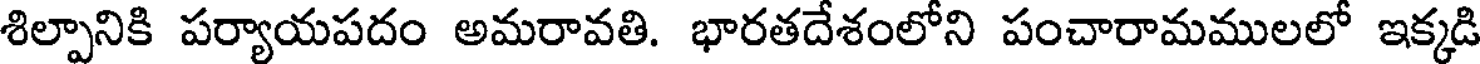
శిల్పానికి పర్యాయపదం అమరావతి. భారతదేశంలోని పంచారామములలో ఇక్కడి